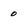
Character: 0